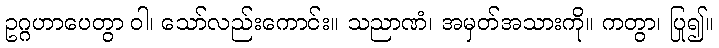
ဥဂ္ဂဟာပေတွာ ဝါ၊ သော်လည်းကောင်း။ သညာဏံ၊ အမှတ်အသားကို။ ကတွာ၊ ပြု၍။